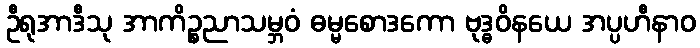
ဦရုအာဒီသု အာကိဉ္စညာသမ္ဘဝံ ဓမ္မစောဒကော ဗုဒ္ဓဝိနယေ အပ္ပဟီနာဝ